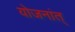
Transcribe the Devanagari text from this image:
योजनांत्‌